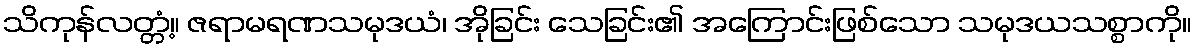
သိကုန်လတ္တံ့။ ဇရာမရဏသမုဒယံ၊ အိုခြင်း သေခြင်း၏ အကြောင်းဖြစ်သော သမုဒယသစ္စာကို။